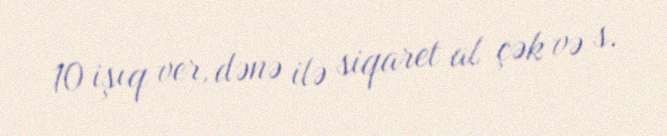
10 işıq ver, dənə ilə siqaret al çək və s.